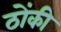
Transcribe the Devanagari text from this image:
ठोंकी